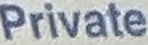
Private